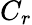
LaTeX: C_{r}